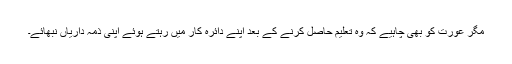
مگر عورت کو بھی چاہیے کہ وہ تعلیم حاصل کرنے کے بعد اپنے دائرہ کار میں رہتے ہوئے اپنی ذمہ داریاں نبھائے۔